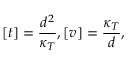
[ t ] = \frac { d ^ { 2 } } { \kappa _ { T } } , [ v ] = \frac { \kappa _ { T } } { d } ,